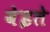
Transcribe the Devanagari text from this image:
वेइते